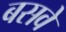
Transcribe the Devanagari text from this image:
बसवे